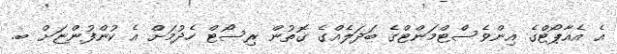
އެ އެއާޕޯޓްގެ އިންވެސްޓްމަންޓްގެ ބަދަލެއްގެ ގޮތުން ރިސޯޓް ހެދުމަށް އެ ކުންފުންޏަށް ބ.